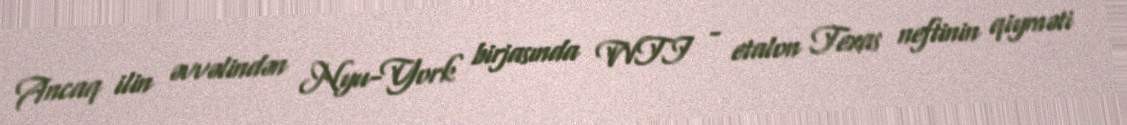
Ancaq ilin əvvəlindən Nyu-York birjasında WTI - etalon Texas neftinin qiyməti